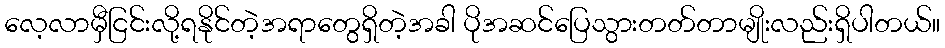
လေ့လာမှီငြင်းလို့ရနိုင်တဲ့အရာတွေရှိတဲ့အခါ ပိုအဆင်ပြေသွားတတ်တာမျိုးလည်းရှိပါတယ်။